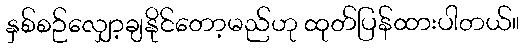
နှစ်စဉ်လျှော့ချနိုင်တော့မည်ဟု ထုတ်ပြန်ထားပါတယ်။